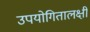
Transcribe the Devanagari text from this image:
उपयोगितालक्षी